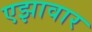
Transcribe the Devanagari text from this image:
एझावार